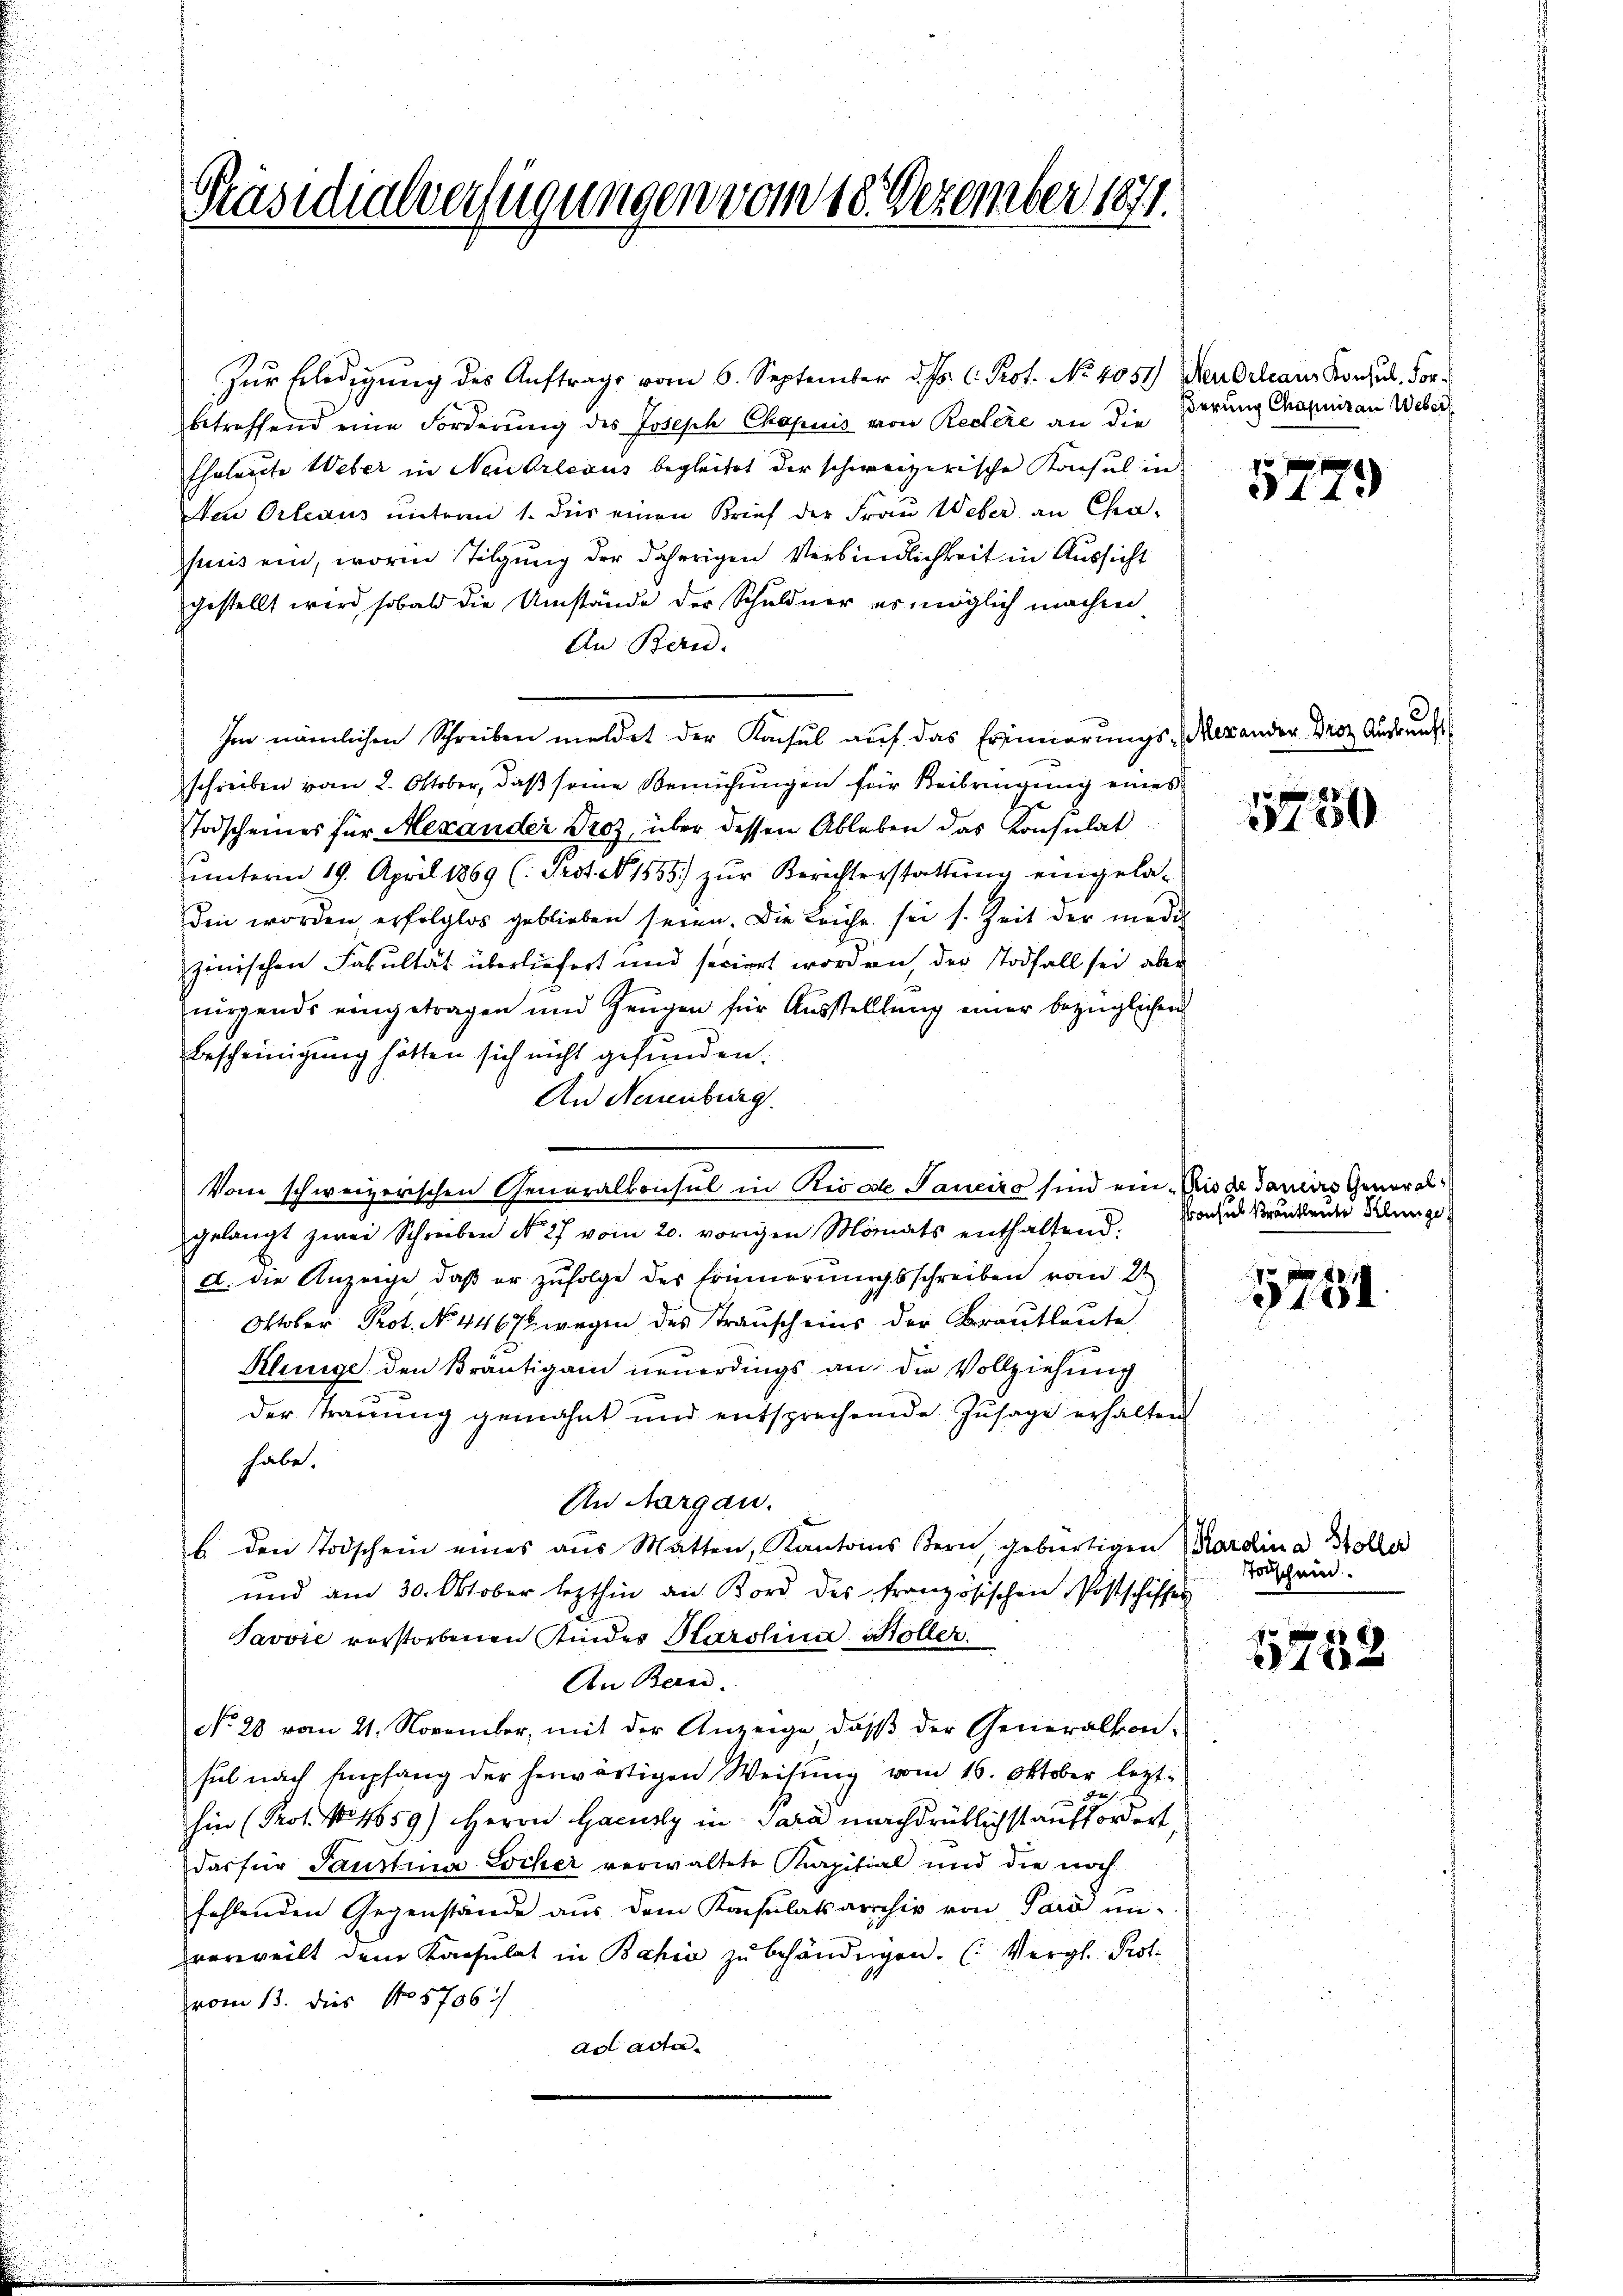
Präsidialverfügungen vom 18. Dezember 1871.

Zŭr Erledigŭng des Aŭftrags vom 6. September d. Js. l. Prot. No. 4051) Neu Orleans Konsul, Vorbetreffend eine Forderung des Josesch Chopuis von Recere an die
Eheleute Weber in Neukrlexus begleitet der schweizerische Konsul in
Aen Orleaus unterm 1. Für einen Brief der Frau Weber an Cha-
suis ein, worin Tilgung der daherigen Verbindlichkeit in Aussicht
gestellt wird, sobald die Umstände der Schuldner es möglich machen
An Bern.
Im nämlichen Schreiben meldet der Konsul auf das Erinnerungs-Mexander Droz. Ausrunke
schreiben vom 2. Oktober, daß seine Bemühungen für Beibringung eines
Todscheines für Mexander Proz, über dessen Ableben das Konsulat
unterm 19. April 1869 (: Prote 1555) zur Berichterstattung eingeladin worden erfolglos geblieben seien. Die Leiche sei s. Zeit der medi
zinischen Fakultät überliefert und seciert worden, der Todfall sei aber
nirgends eingetragen und Zeugen für Ausstelllung einer bezüglichen
Bescheinigung hätten sich nicht gefunden.
An Neuenburg.
gelangt zwei Schreiben No. 27 vom 20. vorigen Monats enthaltend. Doch es krankende Klinge
a. die Anzeige, daß er zufolge des Erinnerungsschreiben vom 21
Oktober Prot. No. 4467 wegen des Trauscheins der Brautleute
Klinige den Kräutigam neuerdings an die Vollziehung
der Trauung gemahnt und entsprechende Zusage erhalten
habe.
An Aargau.
b. den Todschein eines aus Matten, Kantons Bern, gebürtigen Pardina Koller
und am 30. Oktober lezthin an Bord des französischen Postschiffer
Javvić vorstorbenen Kindes Karolina Stoller.
An Bern.
No 28 vom 21. November, mit der Anzeige, daß der Generalkonsul nach Empfang der herwärtigen Weisŭng vom 16. Oktober lezt-
d
hin (Prot. No. 459) Herrn Gacusly in Sara nachdrüklichst auffordert,
das für Saustina Locher verwaltete Karpitial und die noch
fehlenden Gegenstände aus dem Konsulatsarchiv von Pard un-
vverweilt dem Kapsulat in Bahia zu behändigen. (Vergl. Prot
vom 13. dies N05706.
ad acta

Vom schweizerischen Generalkonsul in Rivale Taneiro sind ein. Bis de Daniers General¬

derung Chapuirau Weber

5779

1750

9754.

Todschein.

f 0 x
122